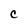
Character: C